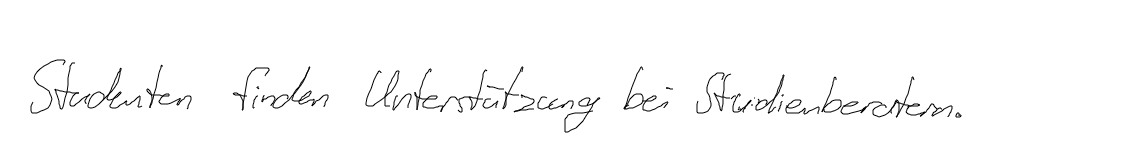
Studenten finden Unterstützung bei Studienberatern.